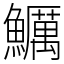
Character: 鱱